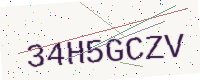
Text: 34H5GCZV